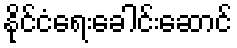
နိုင်ငံရေးခေါင်းဆောင်